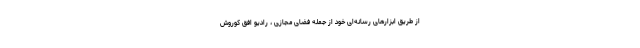
از طریق ابزارهای رسانه‌ای خود از جمله فضای مجازی ، رادیو افق کوروش